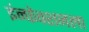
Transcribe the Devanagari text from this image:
इंन्फेक्शनला